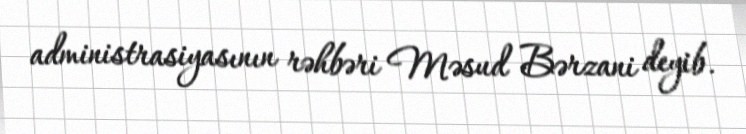
administrasiyasının rəhbəri Məsud Bərzani deyib.